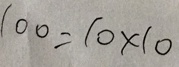
1 0 0 = 1 0 \times 1 0